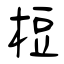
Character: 梪